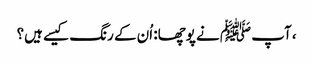
، آپ ﷺ نے پوچھا: اُن کے رنگ کیسے ہیں؟